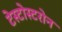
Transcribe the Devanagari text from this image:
टेस्टोस्टरोन